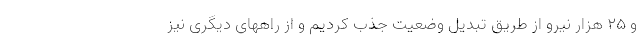
و ۲۵ هزار نیرو از طریق تبدیل وضعیت جذب کردیم و از راههای دیگری نیز